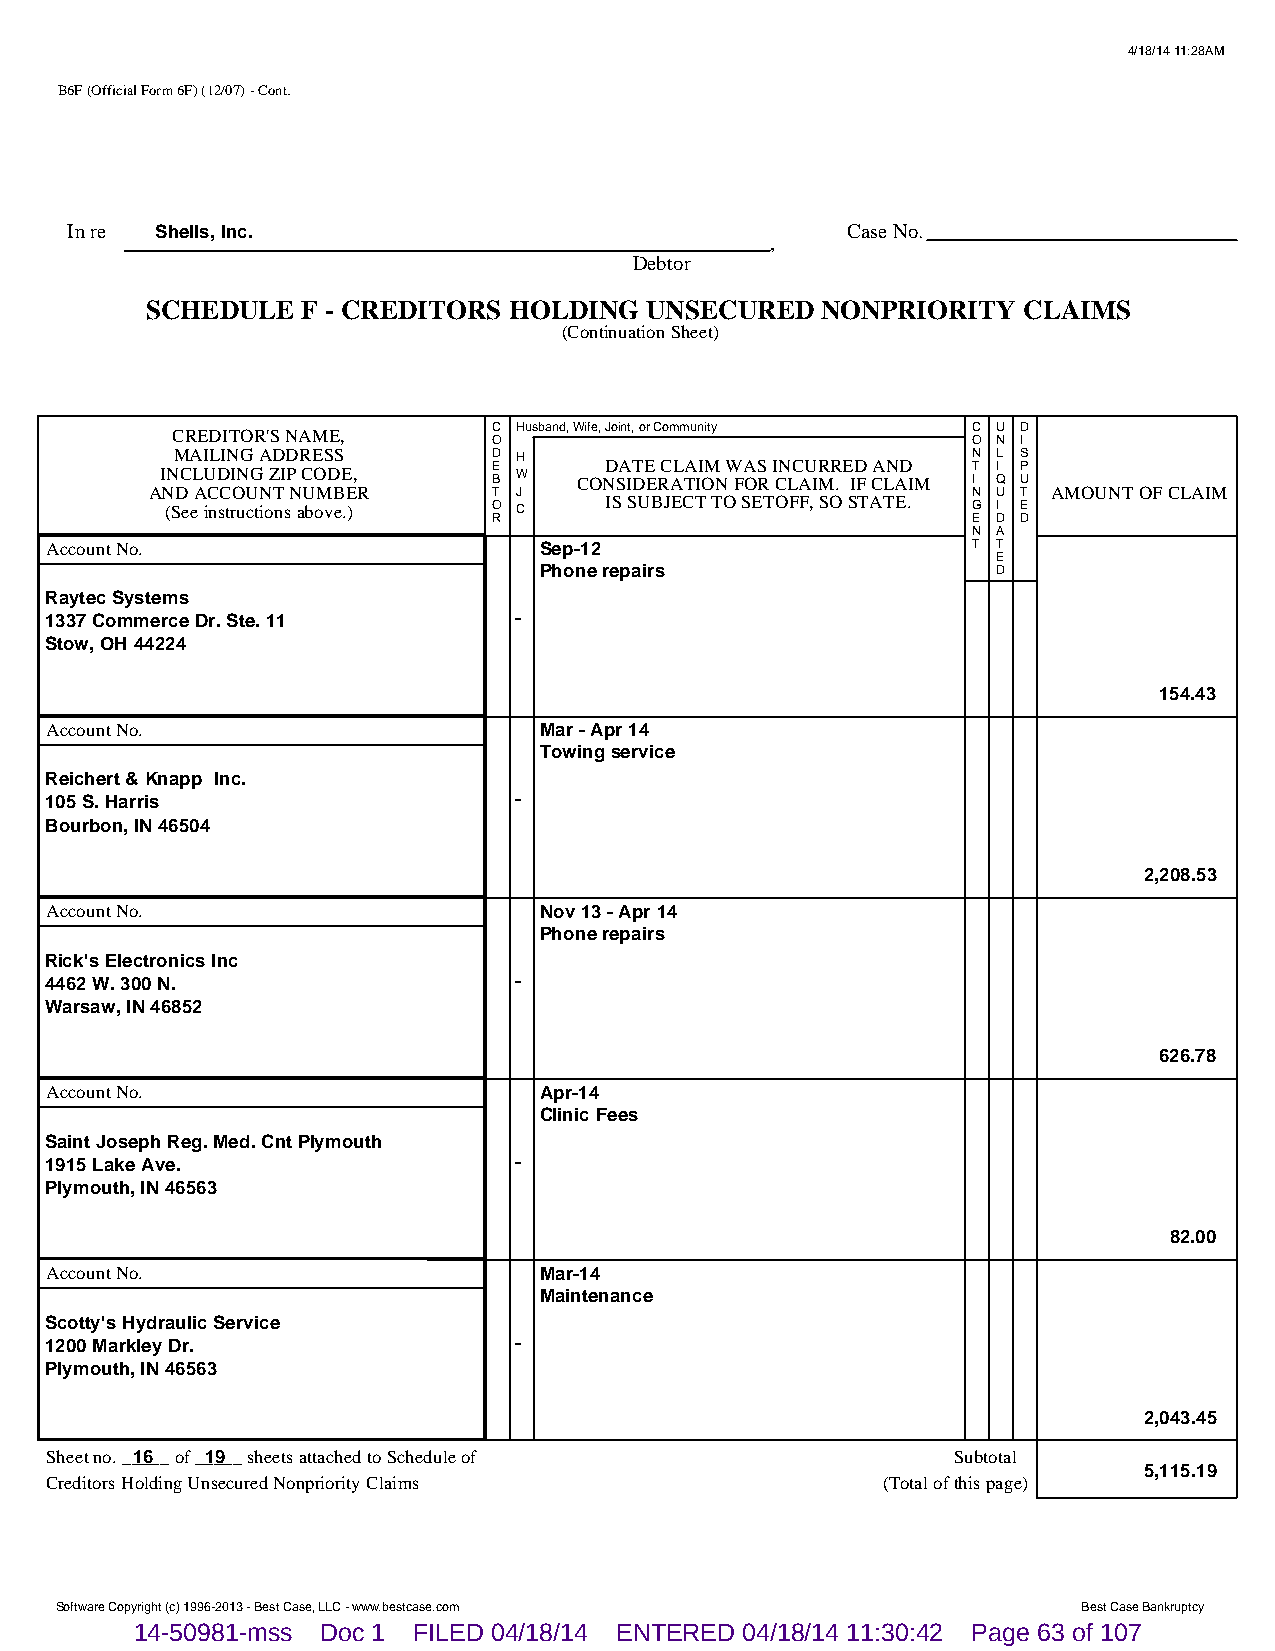
4/18/14 11:28AM
 B6F (Official Form 6F) (12/07) - Cont.
 In re Shells, Inc.                                  Case No.
 ,
 Debtor
 SCHEDULE  F - CREDITORS HOLDING  UNSECURED  NONPRIORITY   CLAIMS
 (Continuation Sheet)
 CREDITOR'S NAME,      C Husband, Wife, Joint, or Community C U D
 O                              O N I
 MAILING ADDRESS       D H                            N L S
 INCLUDING ZIP CODE,   E B W COND SA IT DE E RC AL TA II OM N W FA OS R I CN LC AU IR MR . E ID F CA LN AD IM T I I Q P U
 AND ACCOUNT NUMBER     T J                            N U T AMOUNT OF CLAIM
 (See instructions above.) O C IS SUBJECT TO SETOFF, SO STATE. G I E
 R                              E D D
 N A
 Account No.                      Sep-12                      T T
 E
 Phone repairs                 D
 Raytec Systems
 1337 Commerce Dr. Ste. 11      -
 Stow, OH 44224
 154.43
 Account No.                      Mar - Apr 14
 Towing service
 Reichert & Knapp Inc.
 105 S. Harris                  -
 Bourbon, IN 46504
 2,208.53
 Account No.                      Nov 13 - Apr 14
 Phone repairs
 Rick's Electronics Inc
 4462 W. 300 N.                 -
 Warsaw, IN 46852
 626.78
 Account No.                      Apr-14
 Clinic Fees
 Saint Joseph Reg. Med. Cnt Plymouth
 1915 Lake Ave.                 -
 Plymouth, IN 46563
 82.00
 Account No.                      Mar-14
 Maintenance
 Scotty's Hydraulic Service
 1200 Markley Dr.               -
 Plymouth, IN 46563
 2,043.45
 Sheet no. __1_6__ of __1_9__ sheets attached to Schedule of Subtotal
 5,115.19
 Creditors Holding Unsecured Nonpriority Claims         (Total of this page)
 Software Copyright (c) 1996-2013 - Best Case, LLC - www.bestcase.com Best Case Bankruptcy
 14-50981-mss Doc 1 FILED 04/18/14 ENTERED 04/18/14 11:30:42 Page 63 of 107